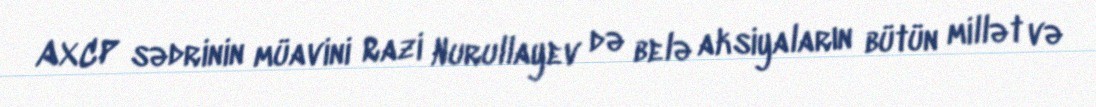
AXCP sədrinin müavini Razi Nurullayev də belə aksiyaların bütün millət və